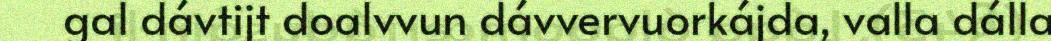
gal dávtijt doalvvun dávvervuorkájda, valla dálla